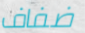
ضفاف